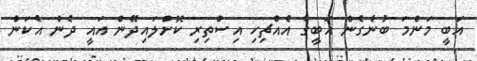
އަބީ މަންމަ ބުނެގެން އަބީގެ އެއްޗިހި އިސްތިރި ކޮށްލައިދޭން އައީ ދެން އެކަން